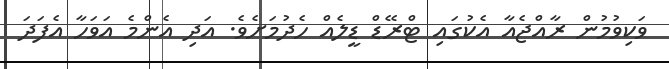
ވަކިވުމުން ރާއްޖެއާ އެކުގައި ޓްރޭޭޑް ޑީލެއް ހެދުމަށެވެ. އަދި އެންމެ އަވަހާ އެފަދަ